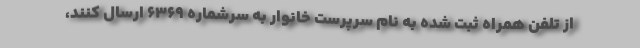
از تلفن همراه ثبت شده به نام سرپرست خانوار به سرشماره ۶۳۶۹ ارسال کنند،